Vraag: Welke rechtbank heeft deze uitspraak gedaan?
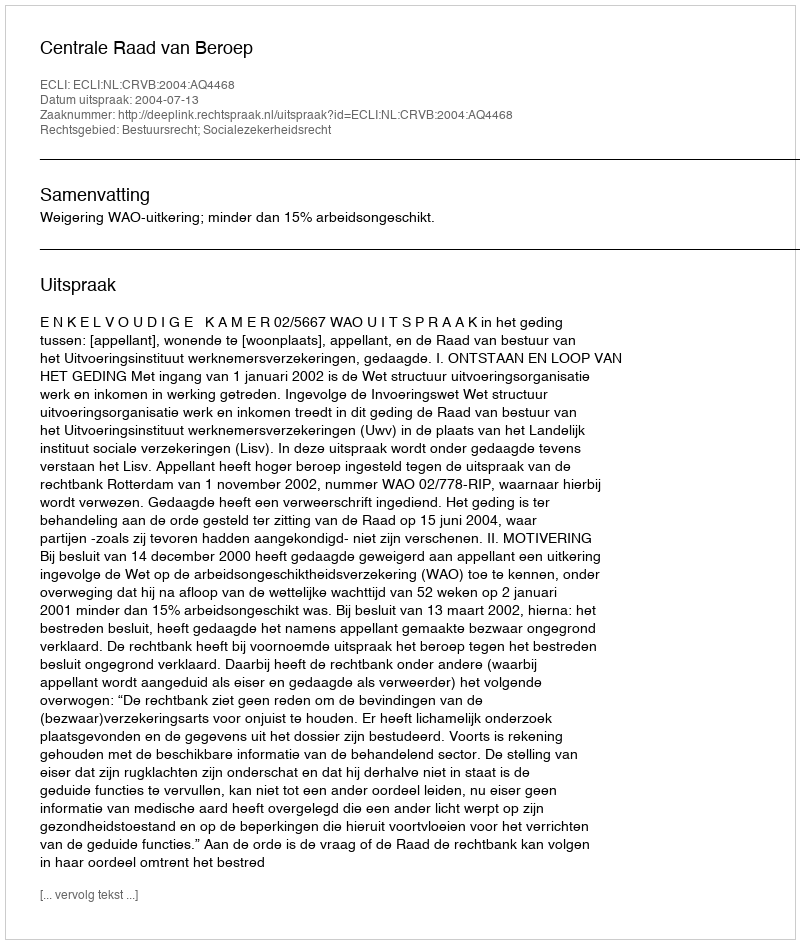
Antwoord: Centrale Raad van Beroep